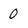
Character: 0